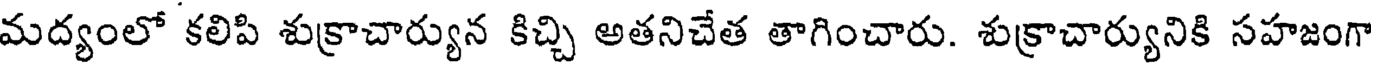
మద్యంలో కలిపి శుక్రాచార్యున కిచ్చి అతనిచేత తాగించారు. శుక్రాచార్యునికి సహజంగా